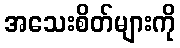
အသေးစိတ်များကို